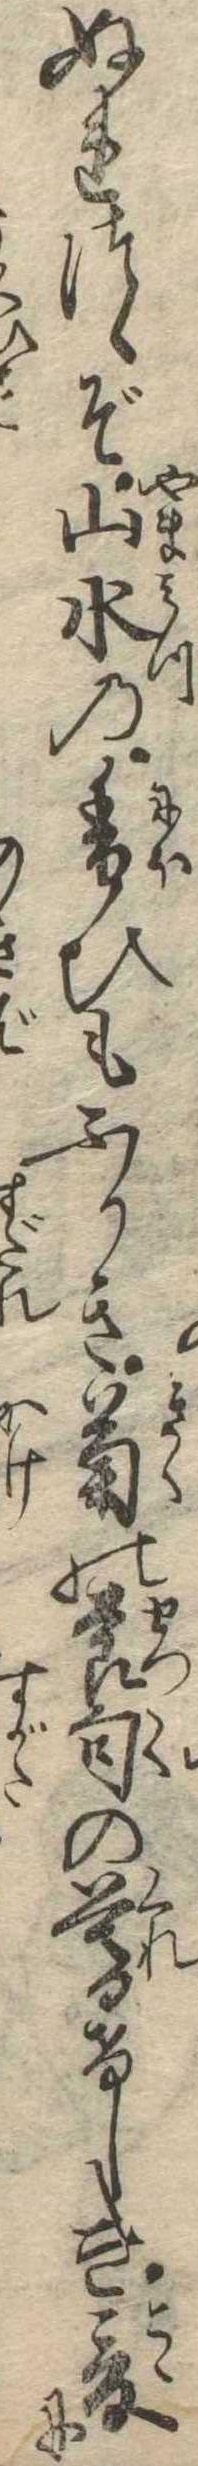
ぬれつゝぞ山水の香ひもふかき菊の節句の暮けしき爰に